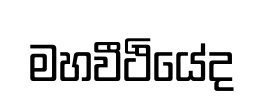
මහවීථියේද